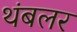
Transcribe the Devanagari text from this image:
थंबलर